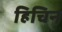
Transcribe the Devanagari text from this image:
हिचिन